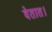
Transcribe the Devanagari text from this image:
देतात।